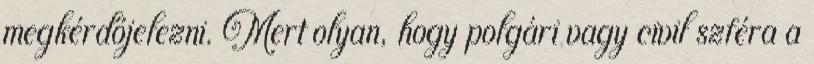
megkérdőjelezni. Mert olyan, hogy polgári vagy civil szféra a